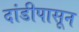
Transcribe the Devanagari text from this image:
दांडीपासून